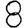
Digit: 8